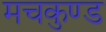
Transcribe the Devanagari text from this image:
मचकुण्ड